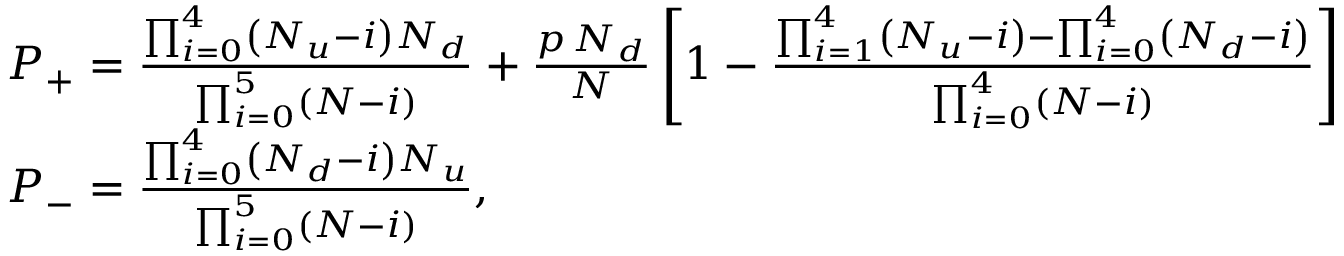
\begin{array} { r l } & { P _ { + } = \frac { \prod _ { i = 0 } ^ { 4 } \left( N _ { u } - i \right) N _ { d } } { \prod _ { i = 0 } ^ { 5 } \left( N - i \right) } + \frac { p \, N _ { d } } { N } \left[ 1 - \frac { \prod _ { i = 1 } ^ { 4 } \left( N _ { u } - i \right) - \prod _ { i = 0 } ^ { 4 } \left( N _ { d } - i \right) } { \prod _ { i = 0 } ^ { 4 } \left( N - i \right) } \right] } \\ & { P _ { - } = \frac { \prod _ { i = 0 } ^ { 4 } \left( N _ { d } - i \right) N _ { u } } { \prod _ { i = 0 } ^ { 5 } \left( N - i \right) } , } \end{array}